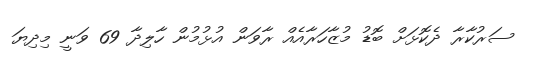
ސަރުކާރާ ދެކޮޅަށް ބޮޑު މުޒާހަރާއެއް ރާވަން އުޅުމުން ހާލިދާ 69 ވަނީ މިދިޔަ